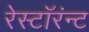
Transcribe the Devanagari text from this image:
रेस्टॉरंन्ट